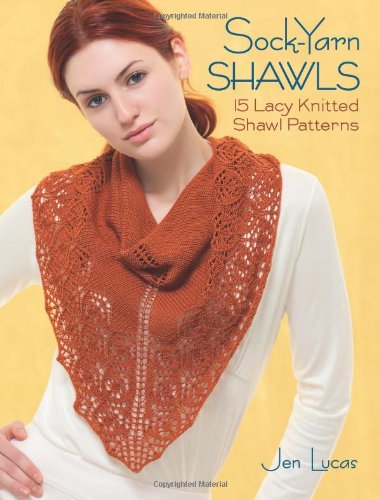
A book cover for Sock-Yarn Shawls: 15 Lacy Knitted Shawl Patterns; Jen Lucas; Crafts, Hobbies & Home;